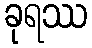
ခုရဿ